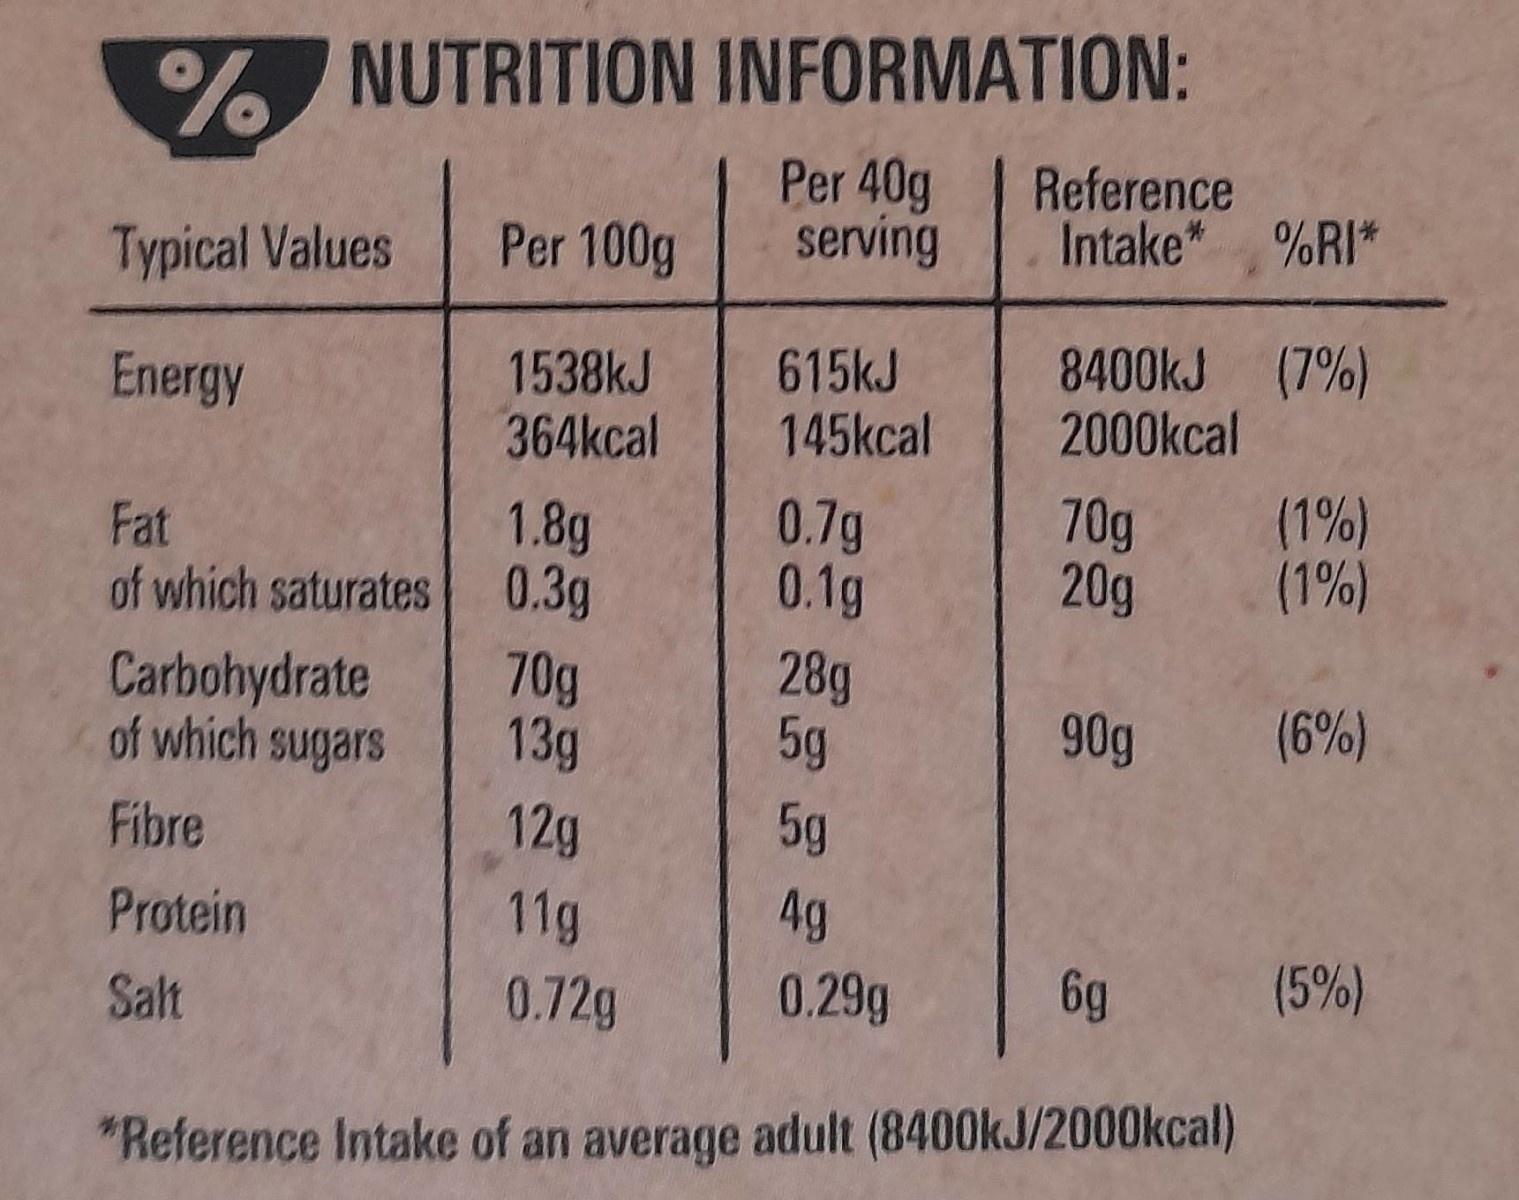
% NUTRITION INFORMATION:
Per 40g serving
Reference Intake* %RI*
Typical Values
Per 100g
1538KJ 364kcal
615kJ 145kcal
8400KJ (7%) 2000kcal
Energy
Fat of which saturates
1.8g 0.3g
0.7g 0.1g
70g 20g
(1%) (1%)
Carbohydrate of which sugars
70g 13g
28g 5g
90g (6%)
Fibre
12g
5g
4g
11g 0.72g
Protein
0.29g
6g
(5%)
Salt
"Reference Intake of an average adult (8400KJ/2000kcal)